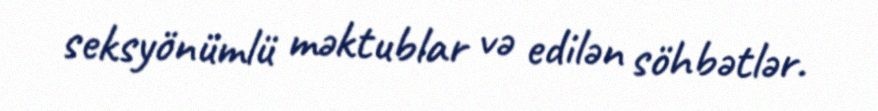
seksyönümlü məktublar və edilən söhbətlər.